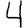
Digit: 4